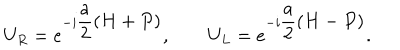
LaTeX: U _ { R } = e ^ { - i \displaystyle \frac { a } { 2 } ( H + P ) } , \qquad U _ { L } = e ^ { - i \displaystyle \frac { a } { 2 } ( H - P ) } .